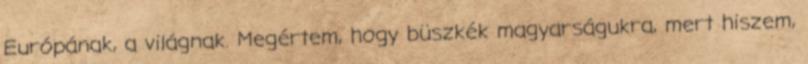
Európának, a világnak. Megértem, hogy büszkék magyarságukra, mert hiszem,